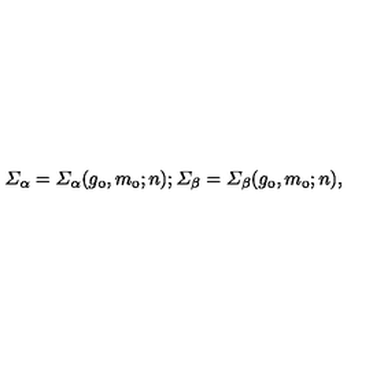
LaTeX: \mit \Sigma _ { \alpha } = \mit \Sigma _ { \alpha } ( g _ { 0 } , m _ { 0 } ; n ) ; \mit \Sigma _ { \beta } = \mit \Sigma _ { \beta } ( g _ { 0 } , m _ { 0 } ; n ) ,